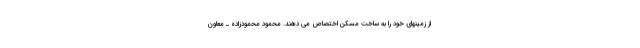
از زمینهای خود را به ساخت مسکن اختصاص می دهند. محمود محمودزاده ـ معاون